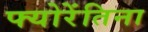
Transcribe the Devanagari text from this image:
फ्योरेंतिना